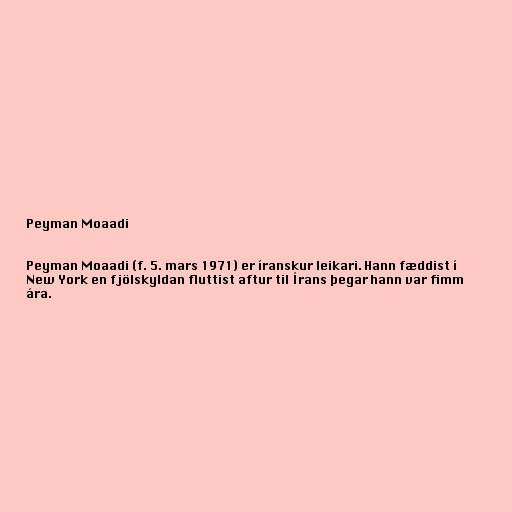
Peyman Moaadi

Peyman Moaadi (f. 5. mars 1971) er íranskur leikari. Hann fæddist í
New York en fjölskyldan fluttist aftur til Írans þegar hann var fimm
ára.